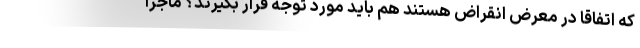
که اتفاقاً در معرض انقراض هستند هم باید مورد توجه قرار بگیرند؟ ماجرا